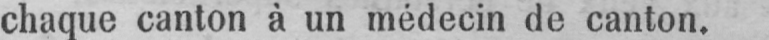
chaque canton à un médecin de canton.